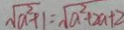
\sqrt { a ^ { 2 } + 1 } = \sqrt { a ^ { 2 } + 2 a + 2 }